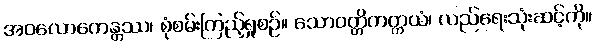
အဝလောကေန္တဿ၊ စုံစမ်းကြည့်ရှုစဉ်။ သောဝတ္တိကတ္တယံ၊ လည်ရေးသုံးဆင့်ကို။